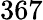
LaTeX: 367